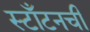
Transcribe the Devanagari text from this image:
स्टाँटनची